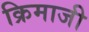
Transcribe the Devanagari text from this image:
क्रिमाजी